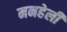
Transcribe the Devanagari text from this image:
मनहेली